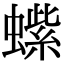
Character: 𬠭